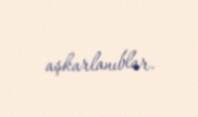
aşkarlanıblar.